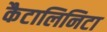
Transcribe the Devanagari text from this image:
कैटालिनिटा